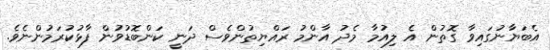
އެބަޔާނުގައިވާ ގޮތުން އެ ލިއުމާ މެދު އާންމު ރައްޔިތުންވެސް ދަނީ ކަންބޮޑުވުން ފާޅުކުރަމުންނެވެ.